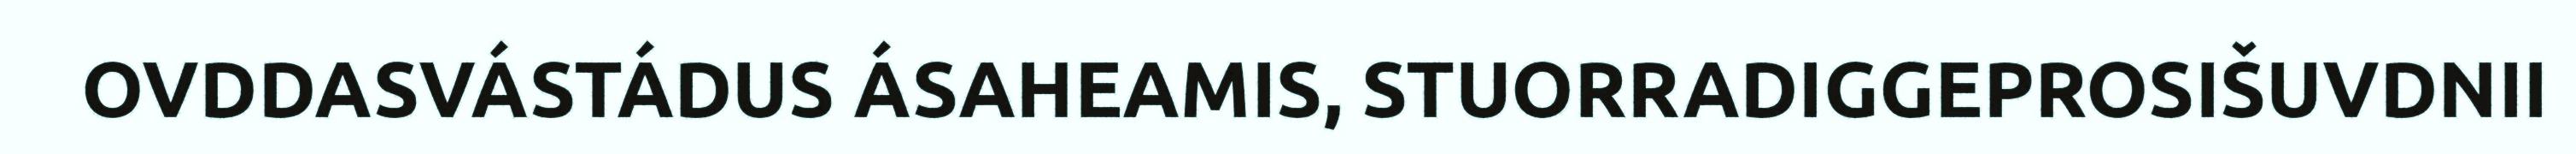
OVDDASVÁSTÁDUS ÁSAHEAMIS, STUORRADIGGEPROSIŠUVDNII